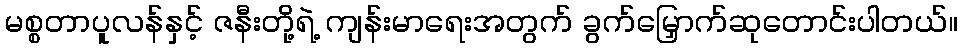
မစ္စတာပူလန်နှင့် ဇနီးတို့ရဲ့ ကျန်းမာရေးအတွက် ခွက်မြှောက်ဆုတောင်းပါတယ်။